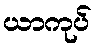
ယာကုပ်